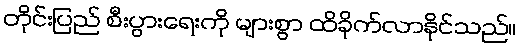
တိုင်းပြည် စီးပွားရေးကို များစွာ ထိခိုက်လာနိုင်သည်။